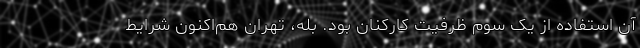
آن استفاده از یک سوم ظرفیت کارکنان بود. بله، تهران هم‌اکنون شرایط